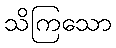
သိကြသော